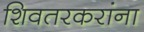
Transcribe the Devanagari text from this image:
शिवतरकरांना